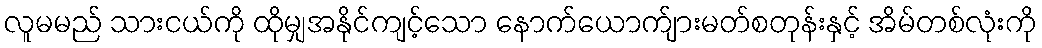
လူမမည် သားငယ်ကို ထိုမျှအနိုင်ကျင့်သော နောက်ယောက်ျားမတ်စတုန်းနှင့် အိမ်တစ်လုံးကို